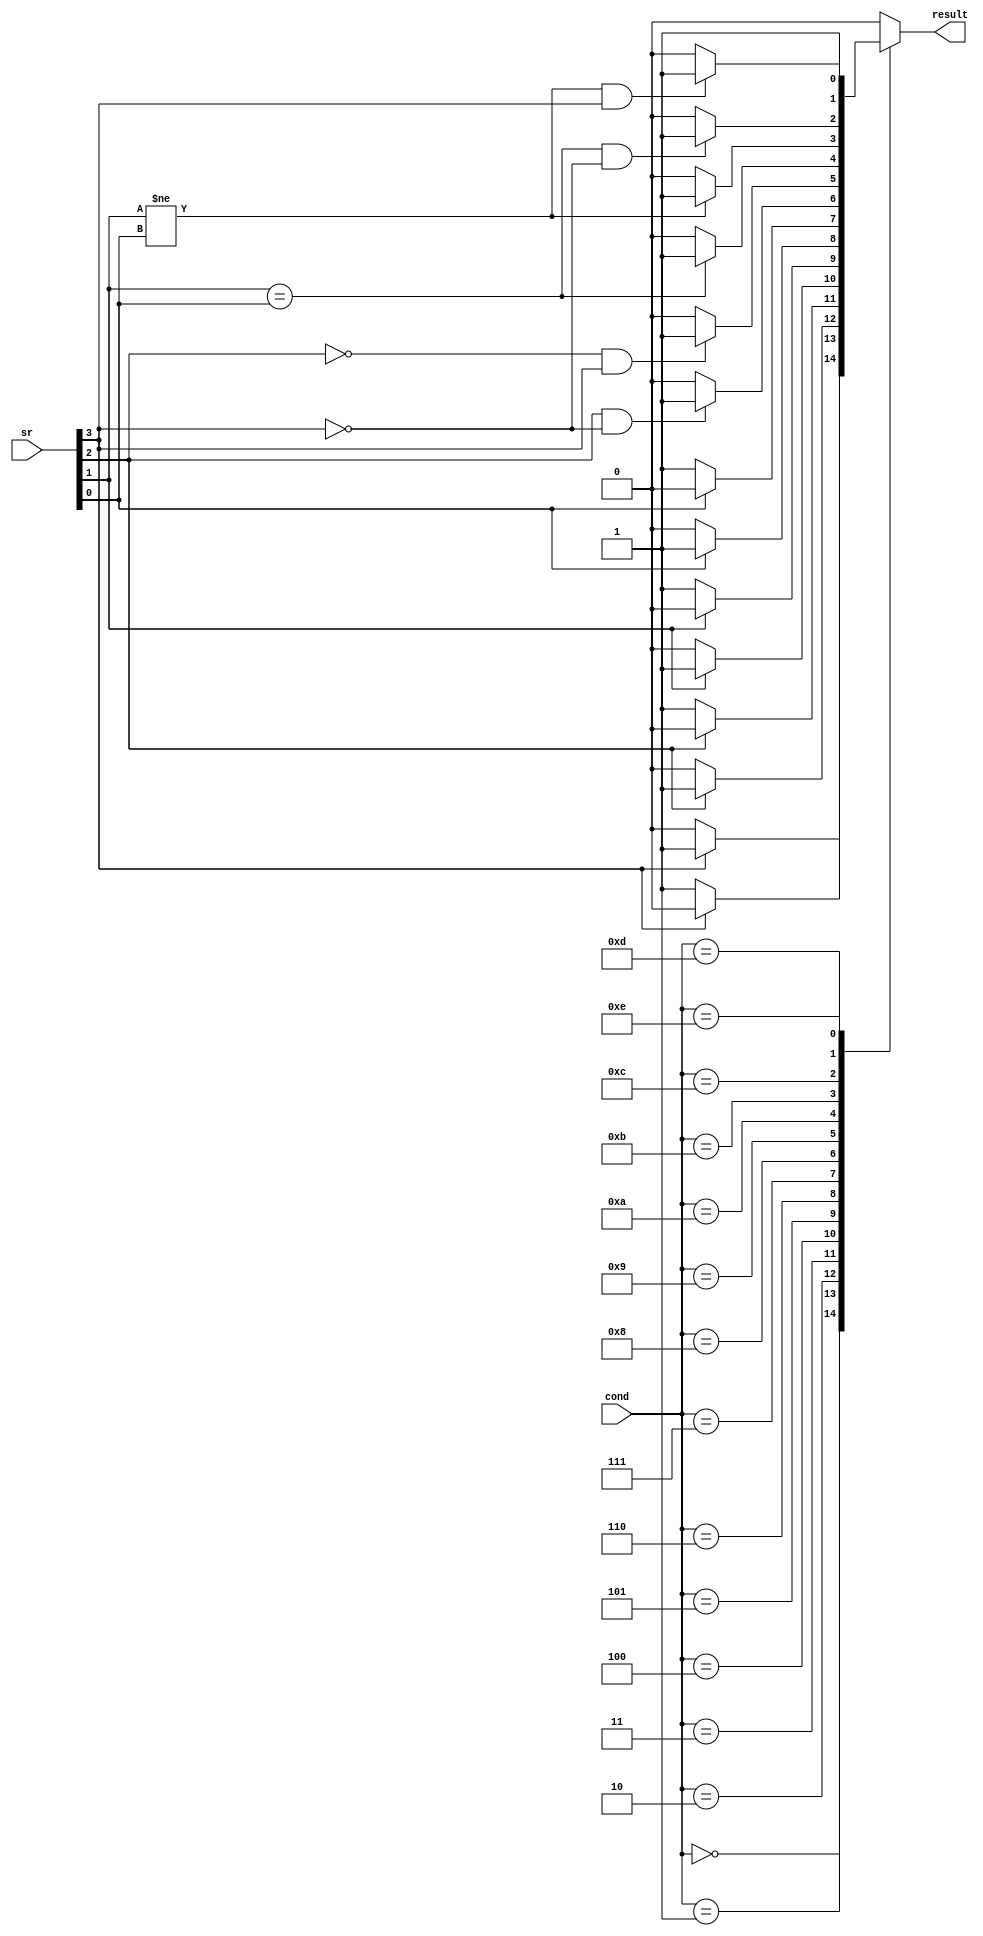
module Condition_Check (input [3:0]cond, sr, output reg result);

  wire z_, c, n, v;  
  assign {z_, c, n, v} = sr;
  
  always @ (sr, cond) begin
    result = 1'b0;
    case (cond)
      4'b0000: begin if (z_ == 1'b1) result = 1'b1; end
      4'b0001: begin if (z_ == 1'b0) result = 1'b1; end
      4'b0010: begin if (c == 1'b1) result = 1'b1; end
      4'b0011: begin if (c == 1'b0) result = 1'b1; end
      4'b0100: begin if (n == 1'b1) result = 1'b1; end
      4'b0101: begin if (n == 1'b0) result = 1'b1; end
      4'b0110: begin if (v == 1'b1) result = 1'b1; end
      4'b0111: begin if (v == 1'b0) result = 1'b1; end
      4'b1000: begin if ((c == 1'b1) && (z_ == 1'b0)) result = 1'b1; end
      4'b1001: begin if ((c == 1'b0) && (z_ == 1'b1)) result = 1'b1; end
      4'b1010: begin if (n == v) result = 1'b1; end
      4'b1011: begin if (n != v) result = 1'b1; end
      4'b1100: begin if ((n == v) && (z_ == 1'b0)) result = 1'b1; end
      4'b1101: begin if ((n != v) && (z_ == 1'b1)) result = 1'b1; end
      4'b1110: begin result = 1'b1; end
      default: result = 1'b0;
    endcase
  end
endmodule